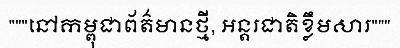
"""នៅកម្ពុជាព័ត៌មានថ្មី, អន្តរជាតិខ្លឹមសារ"""